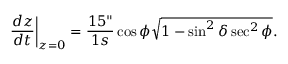
\frac { d z } { d t } \bigg \vert _ { z = 0 } = \frac { 1 5 " } { 1 s } \cos \phi \sqrt { 1 - \sin ^ { 2 } \delta \sec ^ { 2 } \phi } .